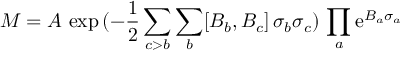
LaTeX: M = A \, \exp \, ( - \frac { 1 } { 2 } \sum _ { c > b } \sum _ { b } [ B _ { b } , B _ { c } ] \, \sigma _ { b } \sigma _ { c } ) \, \prod _ { a } \mathrm { e } ^ { B _ { a } \sigma _ { a } }